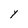
Character: Y